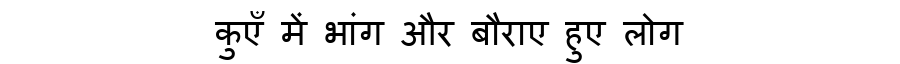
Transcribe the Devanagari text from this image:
कुएँ में भांग और बौराए हुए लोग